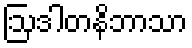
ဩဒါတနိဘာသာ